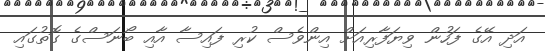
އަދި އޭގެ ފަހުން ވިޔަފާރިއަށް އިންވެސް ކުރި ފައިސާ އާއި ބޯނަސްގެ ގޮތުގައި